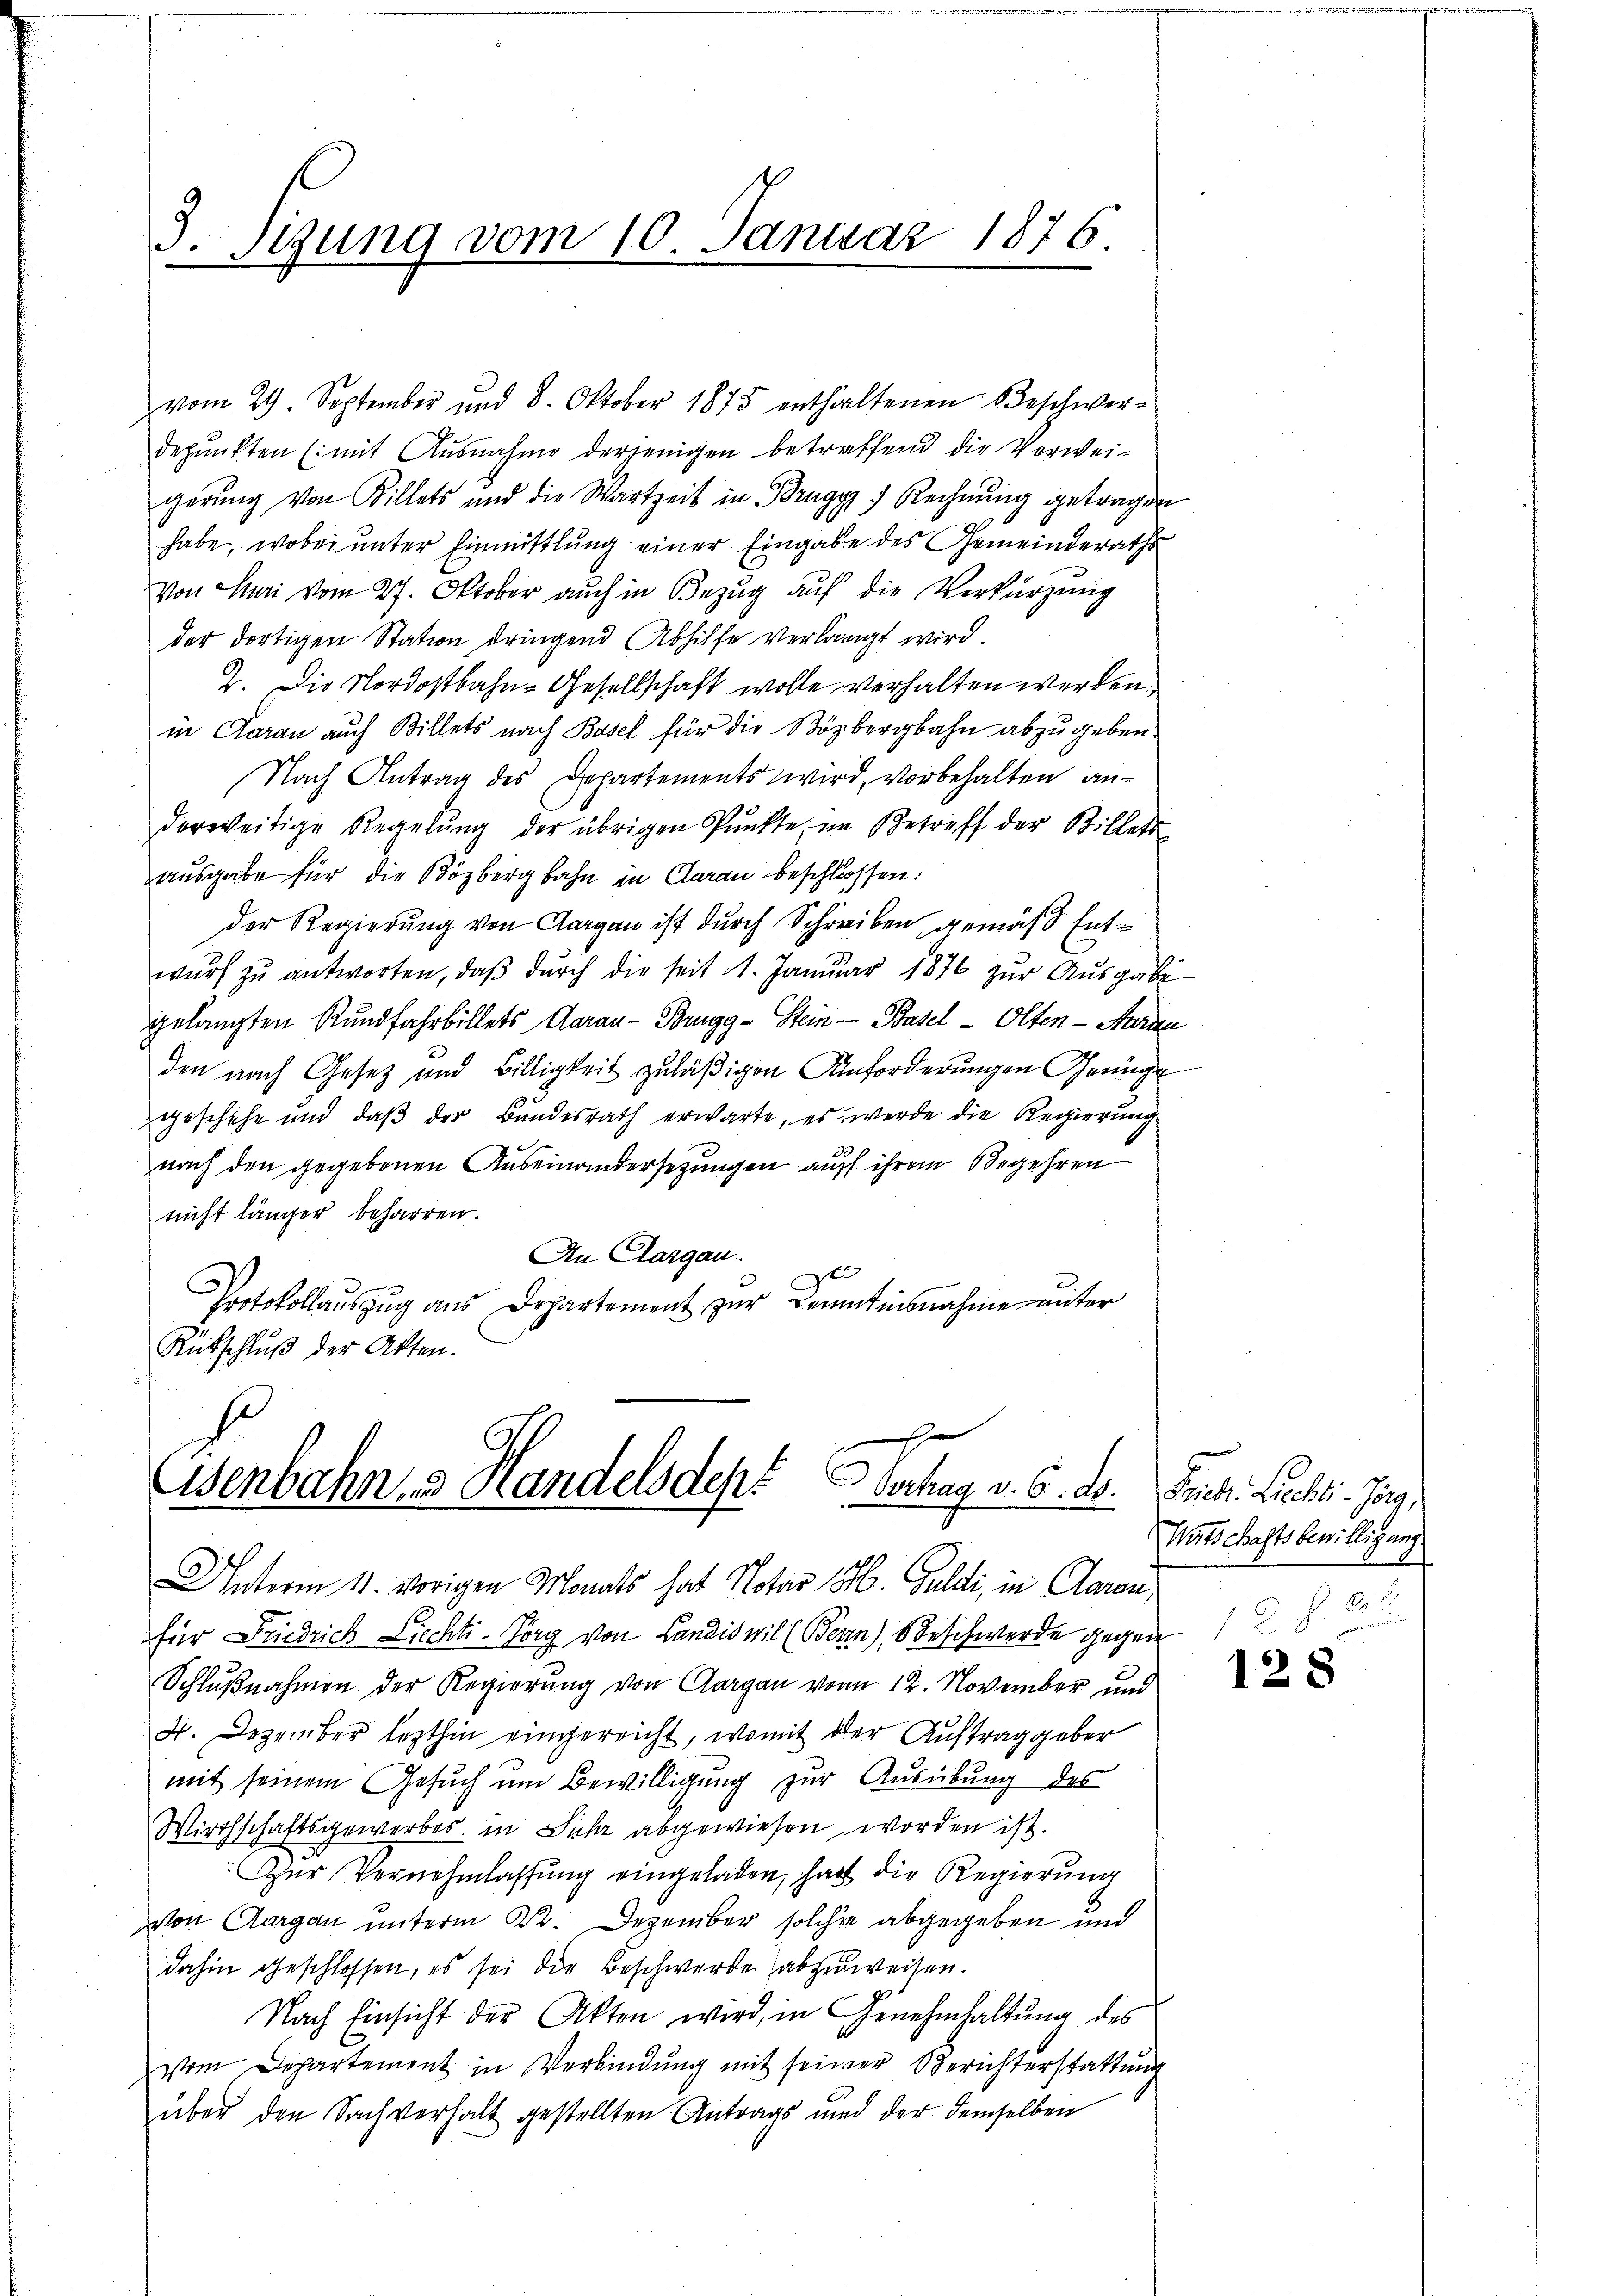
depunkten (mit Ausnahme derjenigen betreffend die Verweigerŭng von Killets und die Wartzeit in Brugg f Rechnŭng getragen
habe, wobei unter Einmittlung einer Eingabe des Gemeinderaths
Von Mai vom 27. Oktober auch in Bezug auf die Verkürzung
der dortigen Station dringend Abhilfe verlangt wird.
2. Die Nordostbahn-Gesellschaft wolle verhalten werden
in Caran auch Billets nach Basel für die Bözbergbahn abzugeben
Nach Antrag des Departements wird, vorbehalten anderweitige Regelŭng der übrigen Pŭnkte im Betreff der Billets
ausgabe für die Bözbergbahn in daran beschlossen:
der Regierung von Aargau ist durch Schreiben, gemäß Entwŭrf zŭ antworten, daβ dŭrch die seit 1. Janŭar 1876 zŭr Aŭsgabe
gelangten Rundfahrbillets Aarau - Brugg - Stein - Basel - Olten - Maria
den nach Gesetz und Billigkeit zuläßigen Einforderungen Genüge
geschiche und daß der Bundesrath erwarte, es werde die Regierung
nach den gegebenen Auseinandersetzungen auf ihrem Begehren
nicht länger beharren.
An Aargau.
s
Protokollauszug aus Departem zur Lina unter
Rütschluß der Akten.

3. Sizung vom 10. Januar 1876.

vom 29. September und 8. Oktober 1875 enthaltenen Beschwer-

Eisenbahn, 3 Handelsdept Hortung v. 5. d. Frei Pauls. Jan
Unterm 11. vorigen Monats hat Notar H. Guldi, in Garan¬

für Friedrich Liechti-Forg von Landis vil (Bern), Beschwerde gegene
Schlußnahmen der Regierung von Aargau von 12. November und
4. Dezember lezthin eingereicht, womit der Auftrag geber
mit seinem Gesuch um Bewilligung zur Ausübung des
Wirthschaftsgewerbes in Jahr abgewiesen worden ist.
Zur Vernehmlassung eingeladen, hat die Regierung
von Aargau unterm 22. Dezember solche abgegeben und
dahin geschlossen, es sei die Beschwerde abzuweisen.
Nach Einsicht der Akten wird, in Genehmhaltung des
vom Departement in Verbindŭng mit seiner Berichterstattŭng
über den Sachverhalt gestellten Antrags und der demselben

Watschaftsbewilligung
1 d. J. C.

128